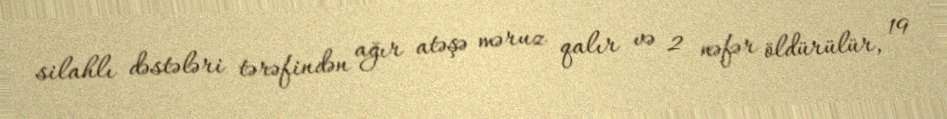
silahlı dəstələri tərəfindən ağır atəşə məruz qalır və 2 nəfər öldürülür, 19